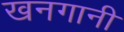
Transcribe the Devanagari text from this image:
खनगानी